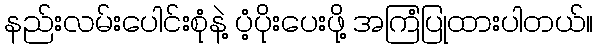
နည်းလမ်းပေါင်းစုံနဲ့ ပံ့ပိုးပေးဖို့ အကြံပြုထားပါတယ်။